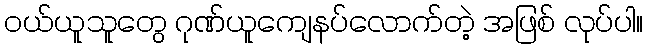
ဝယ်ယူသူတွေ ဂုဏ်ယူကျေနပ်လောက်တဲ့ အဖြစ် လုပ်ပါ။